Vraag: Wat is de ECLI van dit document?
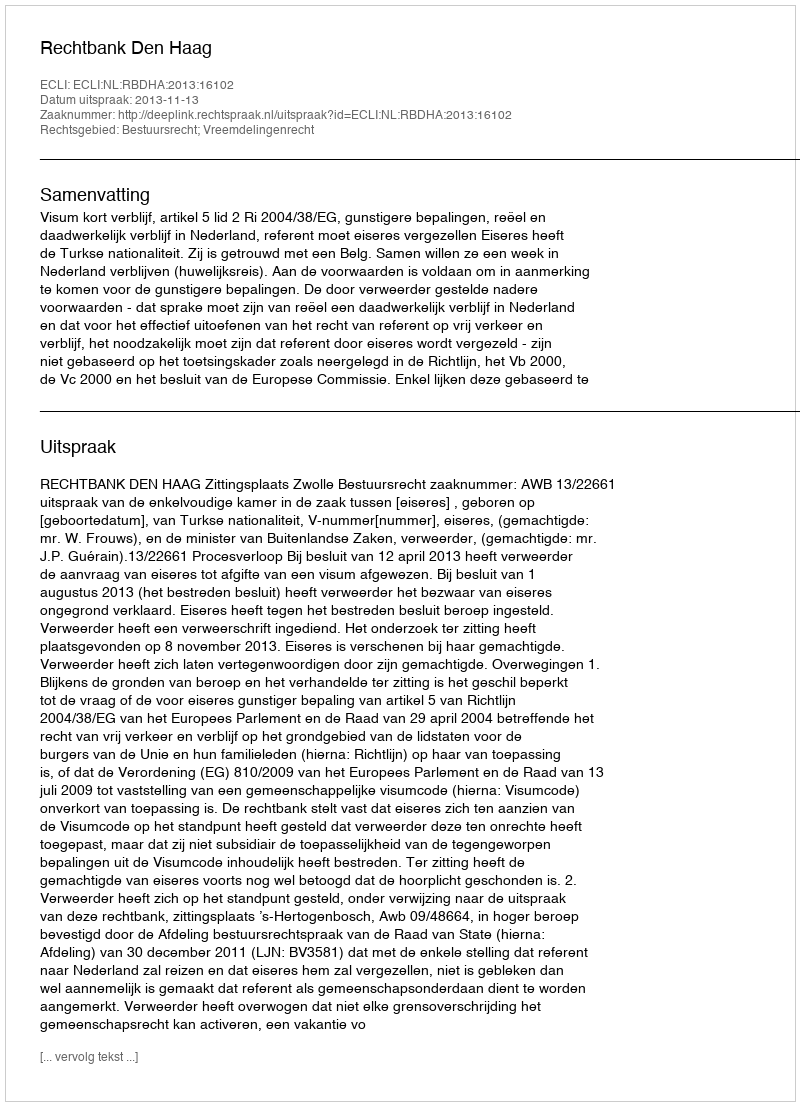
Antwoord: ECLI:NL:RBDHA:2013:16102